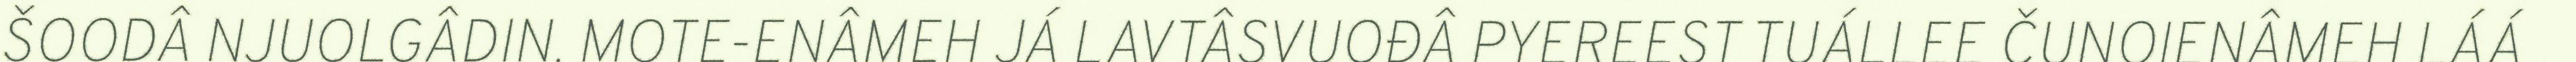
ŠOODÂ NJUOLGÂDIN. MOTE-ENÂMEH JÁ LAVTÂSVUOĐÂ PYEREEST TUÁLLEE ČUNOIENÂMEH LÁÁ